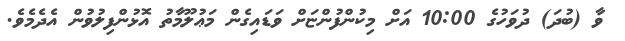
ވާ (ބުދަ) ދުވަހުގެ 10:00 އަށް މިކުންފުންޏަށް ވަޑައިގެން މަޢުލޫމާތު އޮޅުންފިލުވުން އެދެމެވެ.